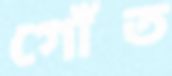
গোঁত